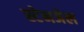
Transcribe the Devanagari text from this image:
स्टेनजेल